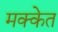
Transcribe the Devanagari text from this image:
मक्केत